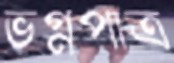
ভগ্নপাত্র